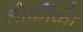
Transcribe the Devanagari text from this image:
लोकोंकी